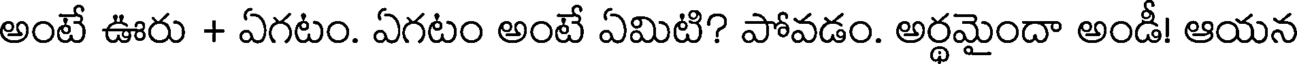
అంటే ఊరు + ఏగటం. ఏగటం అంటే ఏమిటి? పోవడం. అర్థమైందా అండీ! ఆయన